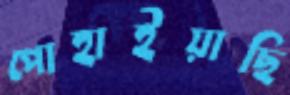
পোহাইয়াছি